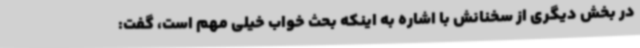
در بخش دیگری از سخنانش با اشاره به اینکه بحث خواب خیلی مهم است، گفت: